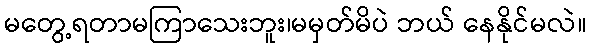
မတွေ့ရတာမကြာသေးဘူး၊မမှတ်မိပဲ ဘယ် နေနိုင်မလဲ။